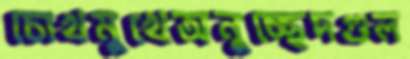
চোখমুখেঅনুচ্ছেদগুল